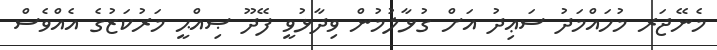
މެނޭޖަރ މުހައްމަދު ސަޢިދު އަށް ގުޅާލުމުން ވިދާޅުވީ ފޭދޫ ޞިއްޙީ މަރުކަޒުގެ އެއްވެސް